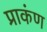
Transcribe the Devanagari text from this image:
प्राकंण